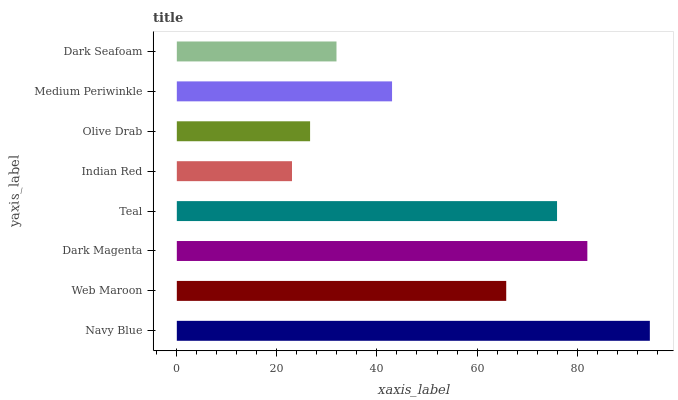
| yaxis_label | bars |
 | --- | --- |
 | Navy Blue | 94.5 |
 | Web Maroon | 65.8 |
 | Dark Magenta | 82 |
 | Teal | 76 |
 | Indian Red | 23 |
 | Olive Drab | 26.6 |
 | Medium Periwinkle | 43 |
 | Dark Seafoam | 31.9 |